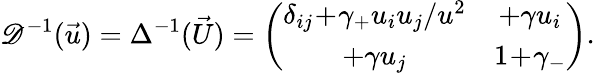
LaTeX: \mathscr{D}^{-1}(\vec{{u}})=\Delta^{-1}(\vec{{U}})=\left(\begin{array}{cc}{{\delta_{ij}\! +\! \gamma_{+}u_{i}u_{j}/u^{2}}}&{{+\gamma u_{i}}}\\ {{+\gamma u_{j}}}&{{1\! +\! \gamma_{-}}}\end{array}\right).